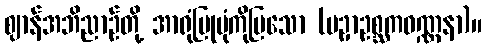
ဈာန်အဘိညာဉ်တို့ အာရုံပြုပုံကိုပြသော (ပဥှာဥစ္ဆကဝဏ္ဏနာ)။